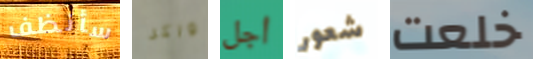
سأنظف واكر أجل شعور خلعت